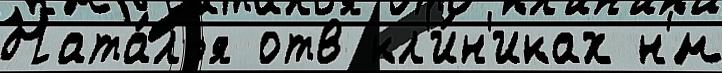
Ната́лья отв кл'и́н'иках н'́м